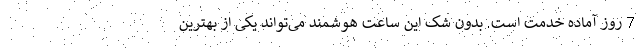
7 روز آماده خدمت است. بدون شک این ساعت هوشمند می‌تواند یکی از بهترین